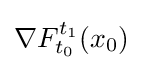
\nabla F_{t_{0}}^{t_{1}}(x_{0})